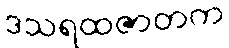
ဒသရထဇာတက